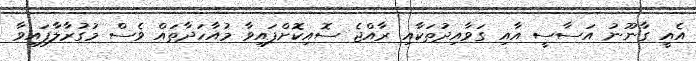
އެއީ ގާނޫނު އަސާސީ އާއި ގަވާއިދުތަކާއި ރާއްޖެ ސޮއިކޮށްފައިވާ މުއާހަދާތައް ވެސް މުގުރާލާފައިވާ